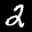
Label: 2